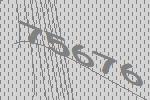
75676